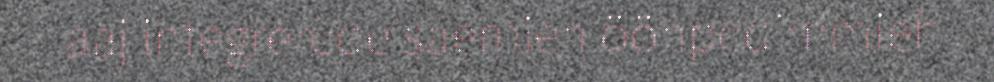
aaj integrerede saemien ööhpedimmieh